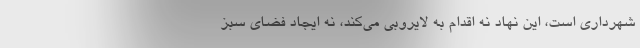
شهرداری است، این نهاد نه اقدام به لایروبی می‌کند، نه ایجاد فضای سبز